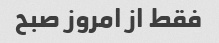
فقط از امروز صبح